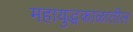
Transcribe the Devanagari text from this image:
महायुद्धकाळातील